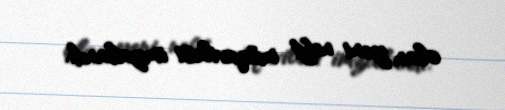
olan yeni neft müqaviləsi imzalandı.